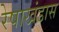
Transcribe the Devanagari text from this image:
रेषाखंडास